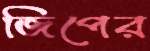
জিপের